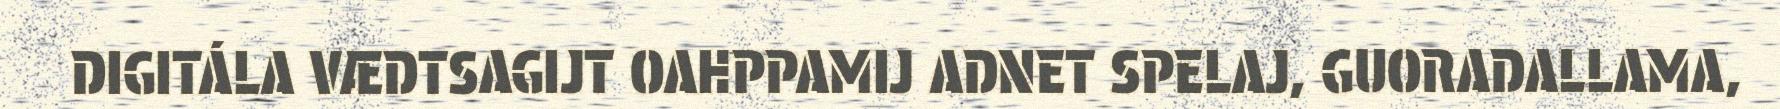
DIGITÁLA VÆDTSAGIJT OAHPPAMIJ ADNET SPELAJ, GUORADALLAMA,